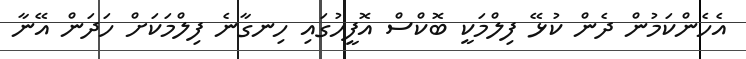
އެހެންކަމުން ދެން ކުޅޭ ފިލްމަކީ ބޮކްސް އޮފީހުގައި ހިނގާނެ ފިލްމަކަށް ހަދަން އޭނާ